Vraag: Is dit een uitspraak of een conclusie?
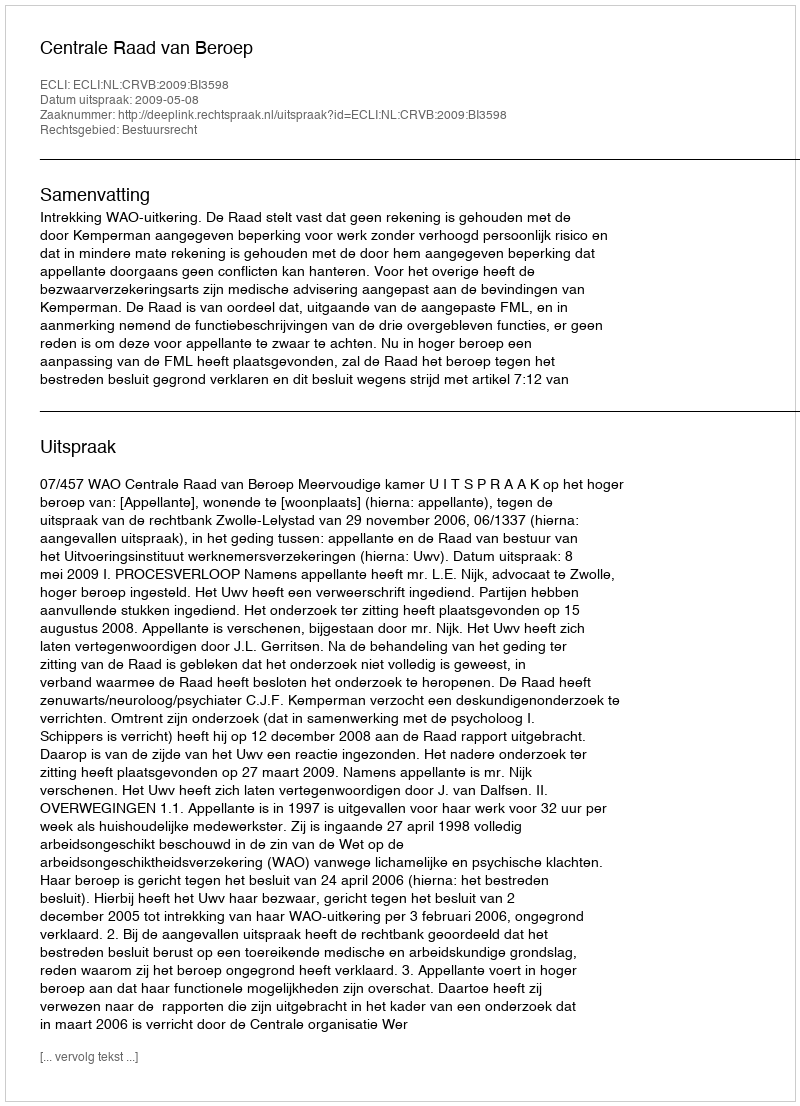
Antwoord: Uitspraak